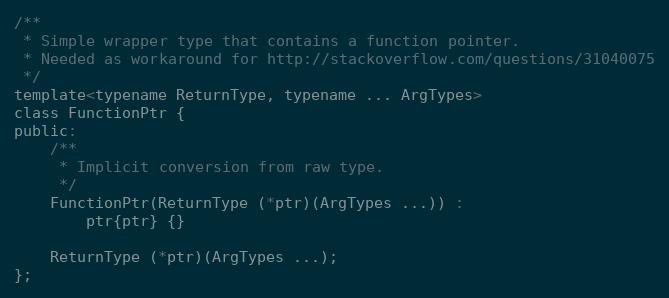
Language: C
/**
 * Simple wrapper type that contains a function pointer.
 * Needed as workaround for http://stackoverflow.com/questions/31040075
 */
template<typename ReturnType, typename ... ArgTypes>
class FunctionPtr {
public:
	/**
	 * Implicit conversion from raw type.
	 */
	FunctionPtr(ReturnType (*ptr)(ArgTypes ...)) :
		ptr{ptr} {}

	ReturnType (*ptr)(ArgTypes ...);
};